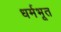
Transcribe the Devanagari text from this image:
धर्मभूत